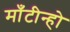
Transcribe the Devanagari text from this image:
माँटीन्हो